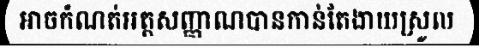
អាចកំណត់អត្តសញ្ញាណបានកាន់តែងាយស្រួល